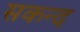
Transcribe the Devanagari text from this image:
सकन्द